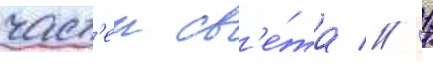
част'еи св'е́та // 1